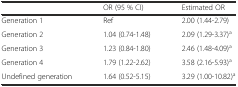
<table><thead><tr><td></td><td><b>OR (95 % CI)</b></td><td><b>Estimated OR</b></td></tr></thead><tbody><tr><td>Generation 1</td><td>Ref</td><td>2.00 (1.44-2.79)</td></tr><tr><td>Generation 2</td><td>1.04 (0.74-1.48)</td><td>2.09 (1.29-3.37)<sup>a</sup></td></tr><tr><td>Generation 3</td><td>1.23 (0.84-1.80)</td><td>2.46 (1.48-4.09)<sup>a</sup></td></tr><tr><td>Generation 4</td><td>1.79 (1.22-2.62)</td><td>3.58 (2.16-5.93)<sup>a</sup></td></tr><tr><td>Undefined generation</td><td>1.64 (0.52-5.15)</td><td>3.29 (1.00-10.82)<sup>a</sup></td></tr></tbody></table>